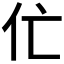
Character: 𱎝